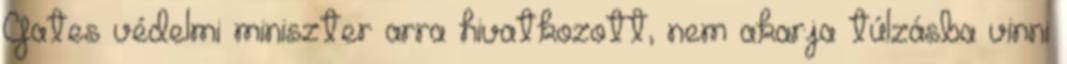
Gates védelmi miniszter arra hivatkozott, nem akarja túlzásba vinni